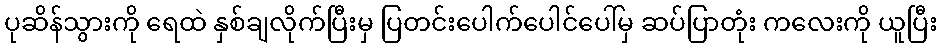
ပုဆိန်သွားကို ရေထဲ နှစ်ချလိုက်ပြီးမှ ပြတင်းပေါက်ပေါင်ပေါ်မှ ဆပ်ပြာတုံး ကလေးကို ယူပြီး